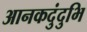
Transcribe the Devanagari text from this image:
आनकदुंदुभि